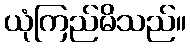
ယုံကြည်မိသည်။